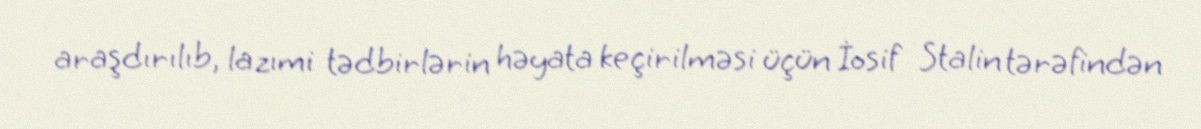
araşdırılıb, lazımi tədbirlərin həyata keçirilməsi üçün İosif Stalin tərəfindən